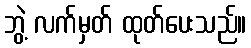
ဘွဲ့ လက်မှတ် ထုတ်ပေးသည်။